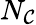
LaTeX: N_{\mathcal{C}}